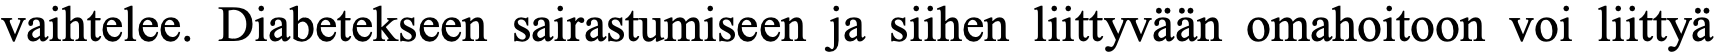
vaihtelee. Diabetekseen sairastumiseen ja siihen liittyvään omahoitoon voi liittyä